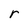
Character: r